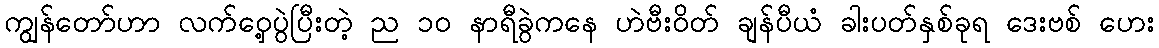
ကျွန်တော်ဟာ လက်ဝှေ့ပွဲပြီးတဲ့ ည ၁၀ နာရီခွဲကနေ ဟဲဗီးဝိတ် ချန်ပီယံ ခါးပတ်နှစ်ခုရ ဒေးဗစ် ဟေး